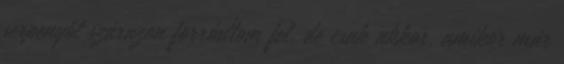
serpenyőt szárazon forrósítom fel, de csak akkor, amikor már